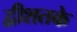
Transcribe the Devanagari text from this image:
द्वीशतके